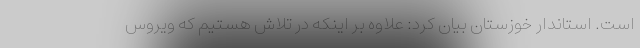
است. استاندار خوزستان بیان کرد: علاوه بر اینکه در تلاش هستیم که ویروس